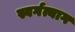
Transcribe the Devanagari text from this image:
स्वर्गत्याग